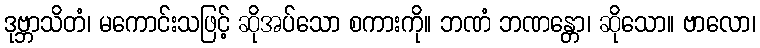
ဒုဗ္ဘာသိတံ၊ မကောင်းသဖြင့် ဆိုအပ်သော စကားကို။ ဘဏံ ဘဏန္တော၊ ဆိုသော။ ဗာလော၊